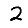
Digit: 2